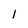
Character: 1